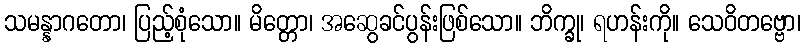
သမန္နာဂတော၊ ပြည့်စုံသော။ မိတ္တော၊ အဆွေခင်ပွန်းဖြစ်သော။ ဘိက္ခု၊ ရဟန်းကို။ သေဝိတဗ္ဗော၊